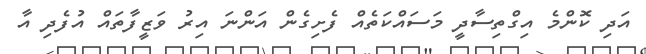
އަދި ކޮންމެ އިގްތިސާދީ މަސައްކަތެއް ފެށިގެން އަންނަ އިރު ވަޒީފާތައް އުފެދި އާ